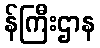
န်ကြီးဌာန